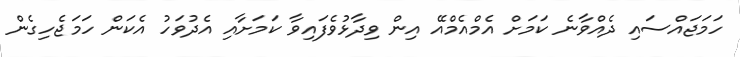
ހަމަޖައްސައި ދެއްވާނެ ކަމަށް އެމްއެމްއޭ އިން ވިދާޅުވެފައިވާ ކަމަށާއި އެދުވަހު އެކަން ހަމަޖެހިގެން